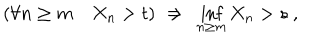
( \forall n \ge m \quad X _ { n } > t ) \ \Rightarrow \ \inf _ { n \ge m } X _ { n } > s \ ,